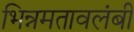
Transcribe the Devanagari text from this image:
भिन्नमतावलंबी